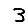
Digit: 3